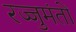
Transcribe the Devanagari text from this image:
रज्जुमंतों